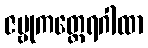
ဇမ္ဗုကတ္ထေရဂါထာ